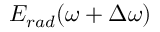
E _ { r a d } ( \omega + \Delta \omega )